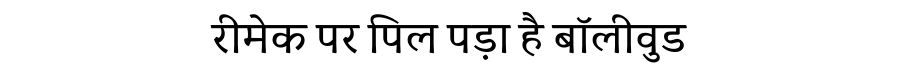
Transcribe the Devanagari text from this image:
रीमेक पर पिल पड़ा है बॉलीवुड